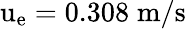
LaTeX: \mathrm{u_{e}=0.308\; m/s}